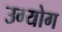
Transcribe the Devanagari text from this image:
उग्योग